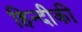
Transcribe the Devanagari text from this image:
हिन्दीकी